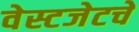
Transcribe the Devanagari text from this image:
वेस्टजेटचे